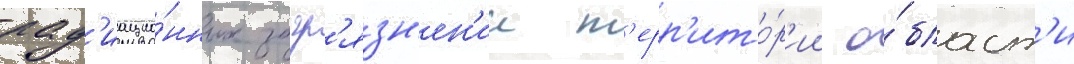
рад'иацио́нных загр'язн'ен'ии т'ерр'ито́р'ии о́бласт'и